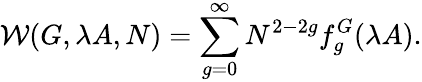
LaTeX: {\cal W}(G,\lambda A,N)=\sum_{g=0}^{\infty}N^{2-2g}f_{g}^{G}(\lambda A).